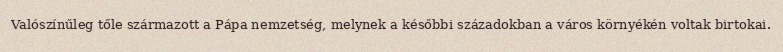
Valószínűleg tőle származott a Pápa nemzetség, melynek a későbbi századokban a város környékén voltak birtokai.